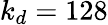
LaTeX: k_{d}=128